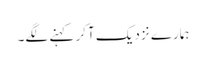
ہمارے نزدیک آکر کہنے لگے۔